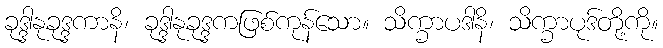
ခုဒ္ဒါနုခုဒ္ဒကာနိ၊ ခုဒ္ဒါနုခုဒ္ဒကဖြစ်ကုန်သော။ သိက္ခာပဒါနိ၊ သိက္ခာပုဒ်တို့ကို။